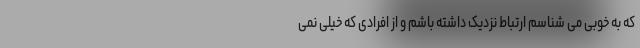
که به خوبی می شناسم ارتباط نزدیک داشته باشم و از افرادی که خیلی نمی